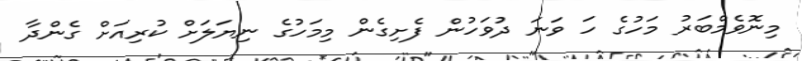
މިނޮވެމްބަރު މަހުގެ ހަ ވަނަ ދުވަހުން ފެށިގެން މިމަހުގެ ނިޔަލަށް ކުރިއަށް ގެންދާ